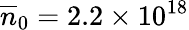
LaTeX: \overline{{n}}_{0}=2.2\times 10^{18}